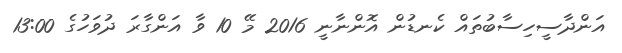
އަންދާސީހިސާބުތައް ކެނޑުން އޮންނާނީ 2016 މޭ 10 ވާ އަންގާރަ ދުވަހުގެ 13:00